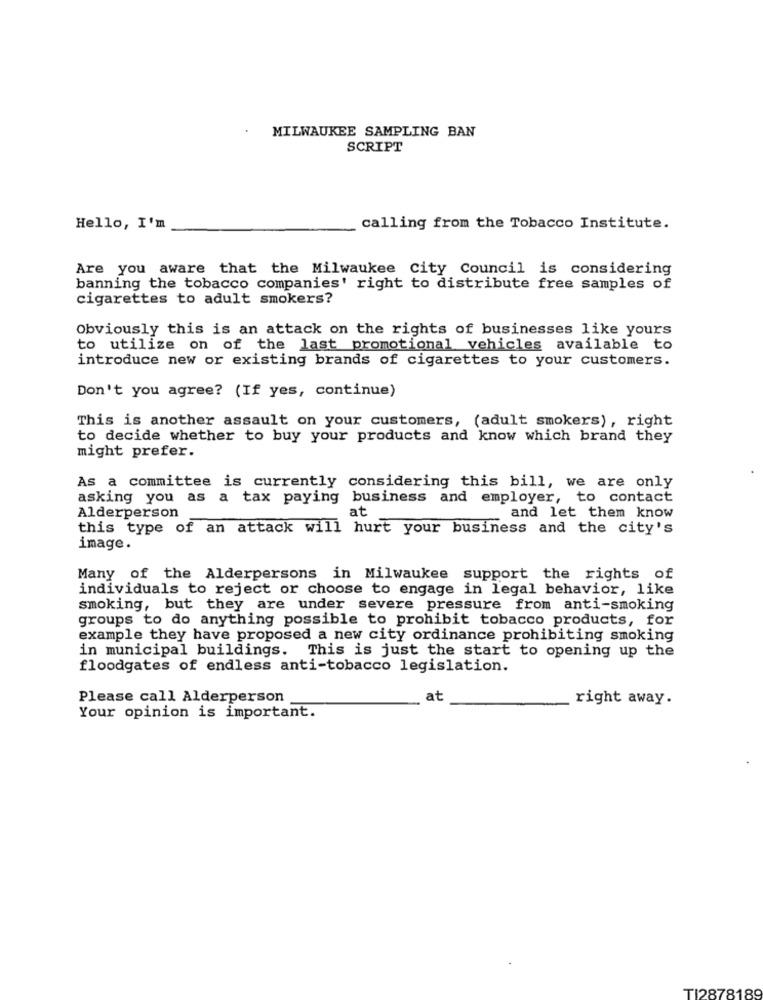
MILWAUKEE SAMPLING BAN
SCRIPT
Hello, I'm
calling from the Tobacco Institute.
Are you aware that the Milwaukee city Council is considering
banning the tobacco companies' right to distribute free samples of
cigarettes to adult smokers?
Obviously this is an attack on the rights of businesses like yours
to utilize on of the last promotional vehicles available to
introduce new or existing brands of cigarettes to your customers.
Don't you agree? (If yes, continue)
This is another assault on your customers, (adult smokers), right
to decide whether to buy your products and know which brand they
might prefer.
As a committee is currently considering this bill, we are only
asking you as a tax paying business and employer, to contact
at
and let them know
Alderperson
this type of an attack will hurt your business and the city's
image.
Many of the Alderpersons in Milwaukee support the rights of
individuals to reject or choose to engage in legal behavior, like
smoking, but they are under severe pressure from anti-smoking
groups to do anything possible to prohibit tobacco products, for
example they have proposed a new city ordinance prohibiting smoking
in municipal buildings. This is just the start to opening up the
floodgates of endless anti-tobacco legislation.
Please call Alderperson
at
right away.
Your opinion is important.
TI2878189